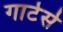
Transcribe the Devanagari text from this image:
गार्टर्स